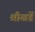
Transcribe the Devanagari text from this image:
श्रीखडें